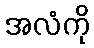
အလံကို